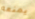
يمنعه